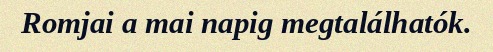
Romjai a mai napig megtalálhatók.